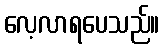
လေ့လာရပေသည်။